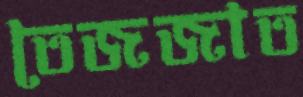
তেজজাত